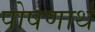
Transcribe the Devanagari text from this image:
पोषणार्थ